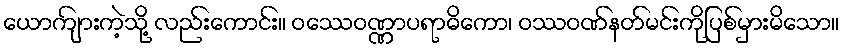
ယောကျ်ားကဲ့သို့ လည်းကောင်း။ ဝဿေဝဏ္ဏာပရာဓိကော၊ ဝဿဝဏ်နတ်မင်းကိုပြစ်မှားမိသော။